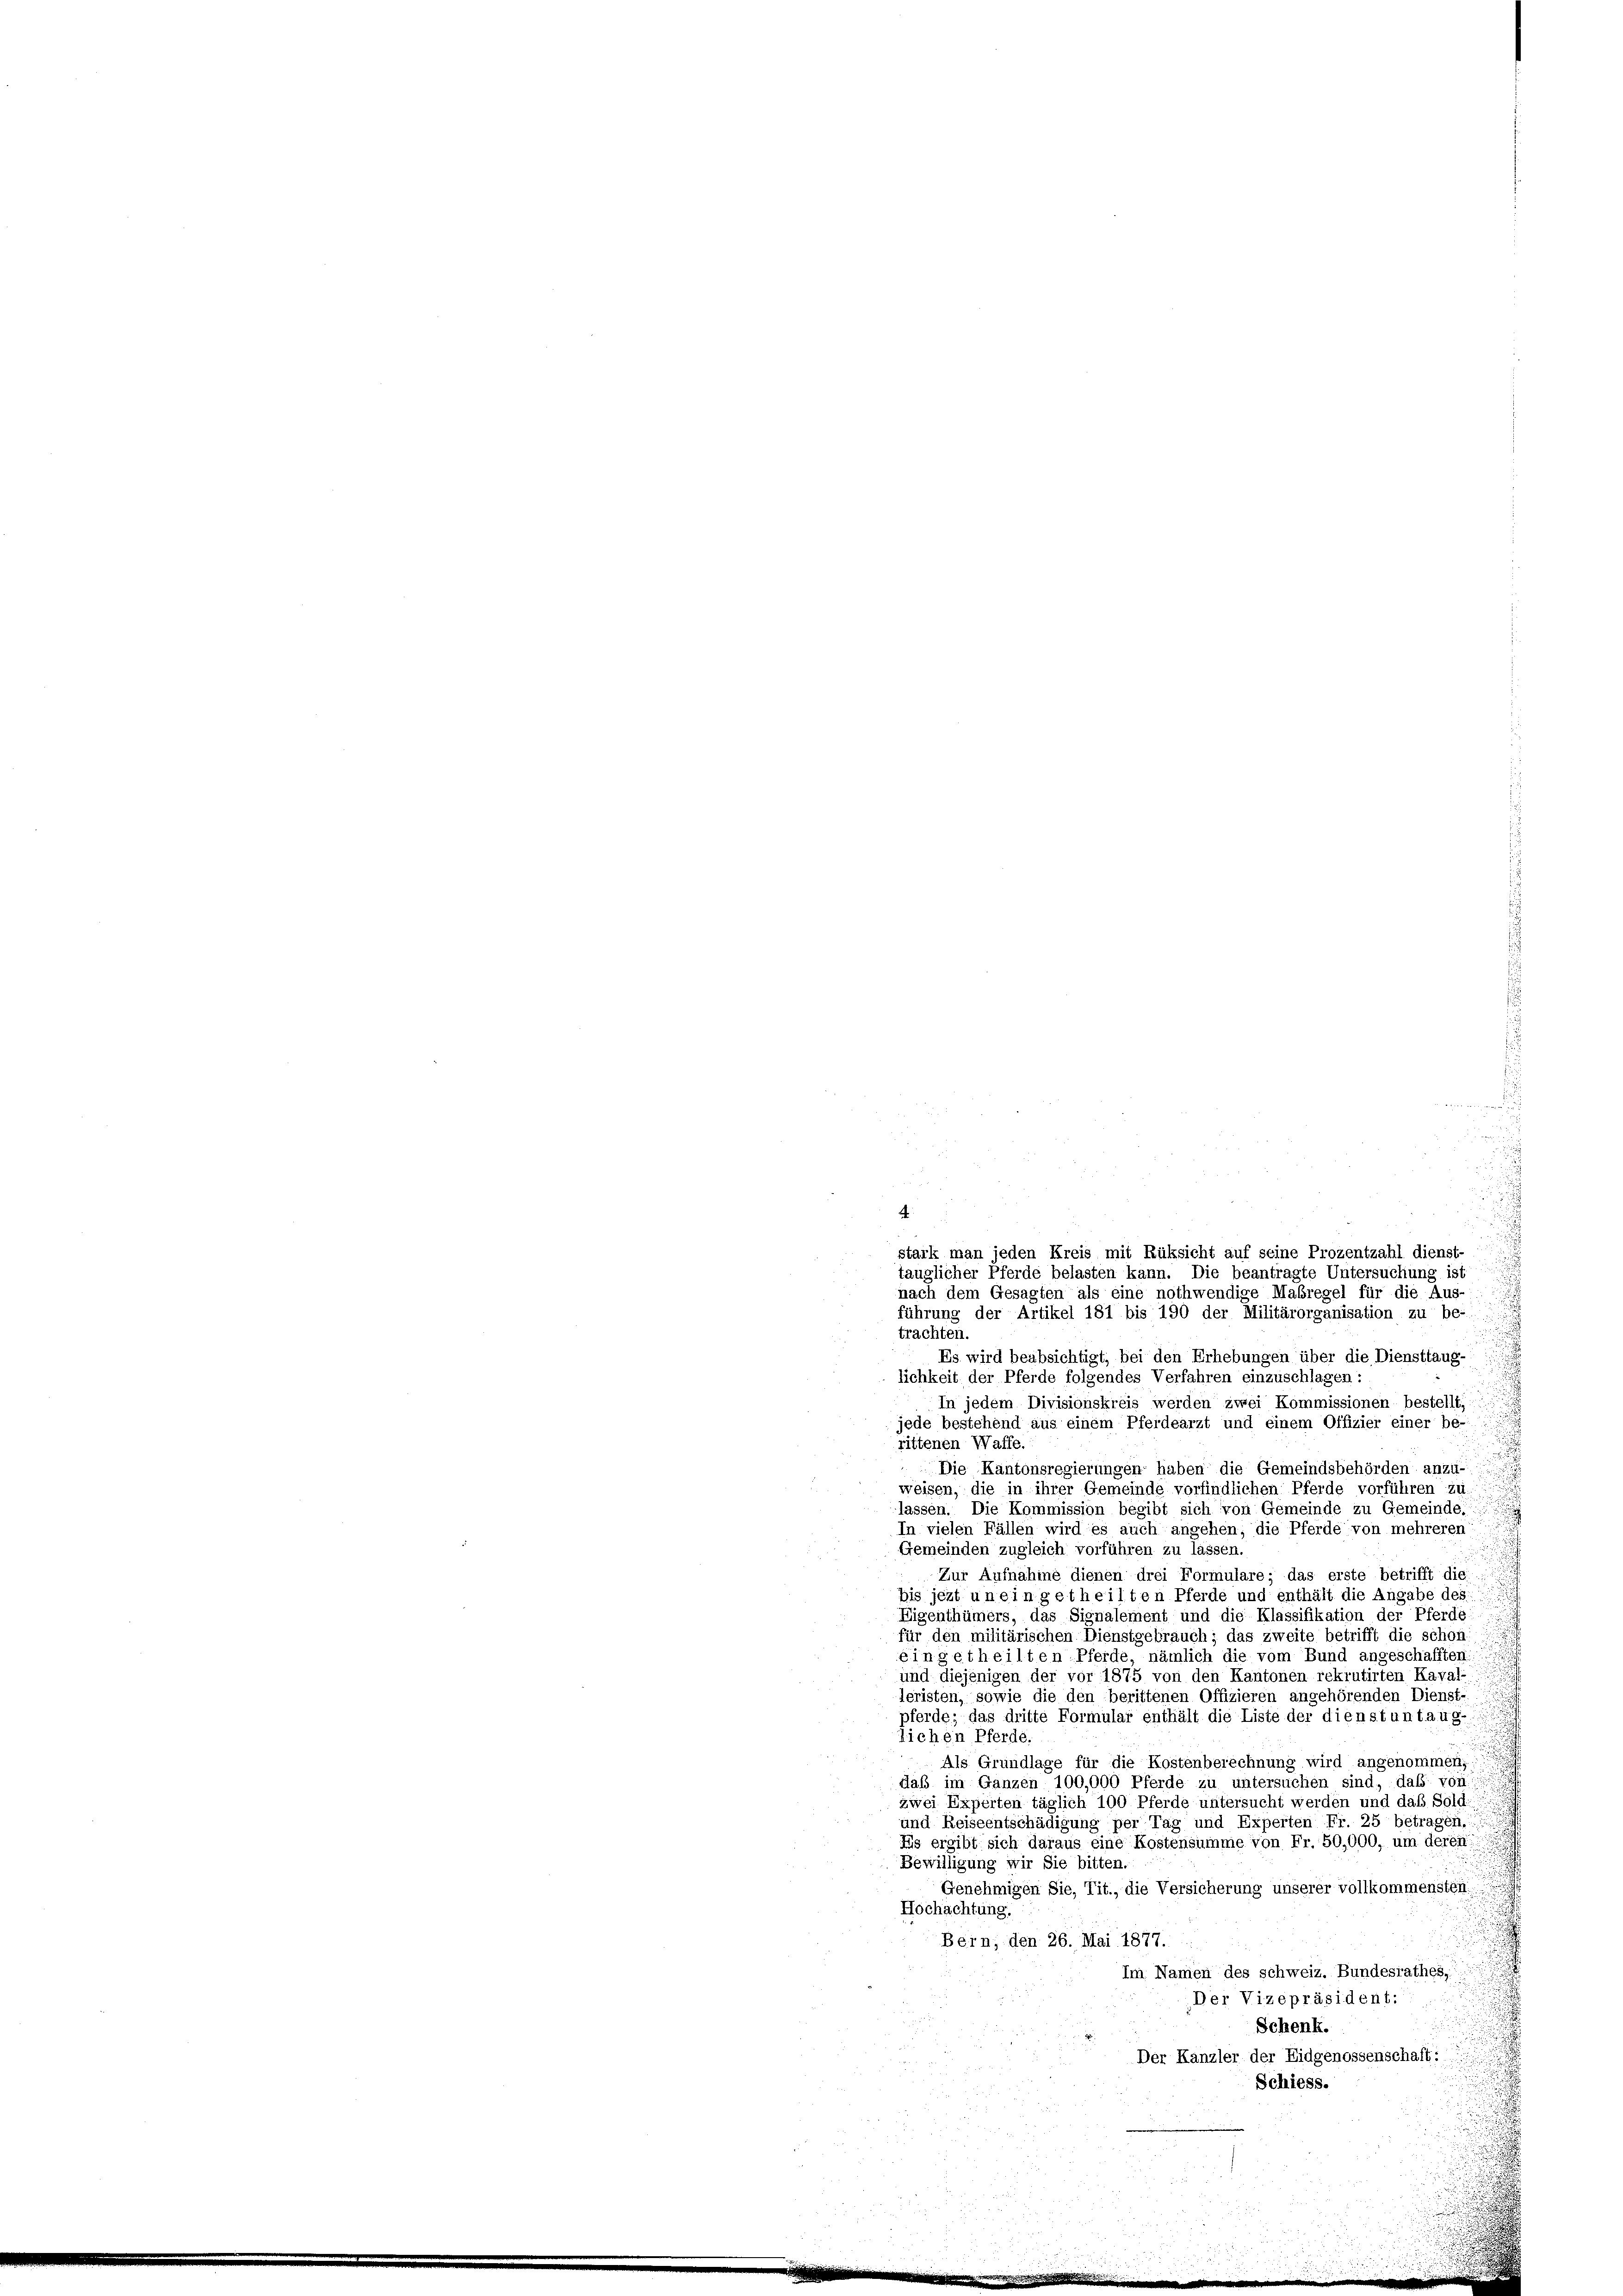
4

führung der Artikel 181 bis 190 der Militärorganisation zu be-
trachten.
Es wird beabsichtigt, bei den Erhebungen über die Diensttaug-
lichkeit der Pferde folgendes Verfahren einzuschlagen:
In jedem Divisionskreis werden zwei Kommissionen bestellt,
jede bestehend aus einem Pferdearzt und einem Offizier einer be-
rittenen Waffe.
Die Kantonsregierungen haben die Gemeindsbehörden anzu-
weisen, die in ihrer Gemeinde vorfindlichen Pferde vorführen zu
lassen. Die Kommission begibt sich von Gemeinde zu Gemeinde,
In vielen Fällen wird es auch angehen; die Pferde von mehreren
Gemeinden zugleich vorführen zu lassen.
Zur Aufnahme dienen drei Formulare; das erste betrifft die
bis jezt un eingetheilten Pferde und enthält die Angabe des
Eigenthümers, das Signalement und die Klassifikation der Pferde:
für den militärischen Dienstgebrauch; das zweite betrifft die schon:
eingetheilten Pferde, nämlich die vom Bund angeschafften:
und diejenigen der vor 1875 von den Kantonen rekrutirten Kaval-
leristen, sowie die den berittenen Offizieren angehörenden Dienst-
pferde; das dritte Formular enthält die Liste der dienstuntaug-
lichen Pferde.
Als Grundlage für die Kostenberechnung wird angenommen,
daß im Ganzen 100,000 Pferde zu untersuchen sind, daß von
zwei Experten täglich 100 Pferde untersucht werden und daß Sold
und Reiseentschädigung per Tag und Experten Fr. 25 betragen.
Es ergibt sich daraus eine Kostensumme von Fr. 50,000, um deren
Bewilligung wir Sie bitten.
Genehmigen Sie, Tit., die Versicherung unserer vollkommensten.
Hochachtung.
Bern, den 26. Mai 1877.
Im Namen des schweiz. Bundesrathes,
Der Vizepräsident:
Schenk.
Der Kanzler der Eidgenossenschaft:
Schiess.

d
stark man jeden Kreis mit Rüksicht auf seine Prozentzahl dienst-
tauglicher Pferde belasten kann. Die beantragte Untersuchung ist
nach dem Gesagten als eine nothwendige Mabregel für die Aus-